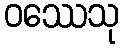
ဝဿေသု